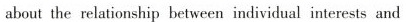
about the relationship between individual interests and